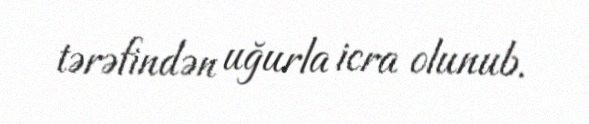
tərəfindən uğurla icra olunub.